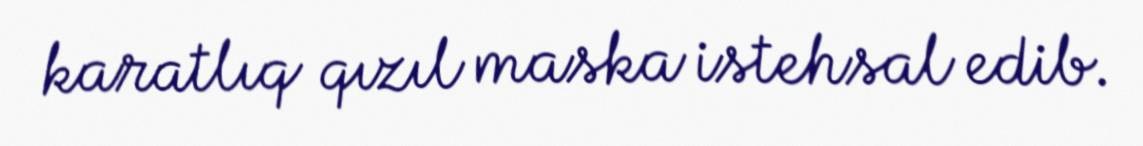
karatlıq qızıl maska istehsal edib.